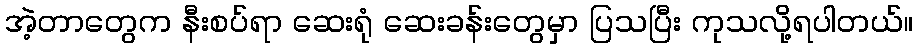
အဲ့တာတွေက နီးစပ်ရာ ဆေးရုံ ဆေးခန်းတွေမှာ ပြသပြီး ကုသလို့ရပါတယ်။